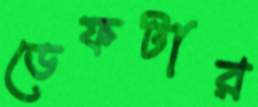
ডেফটার